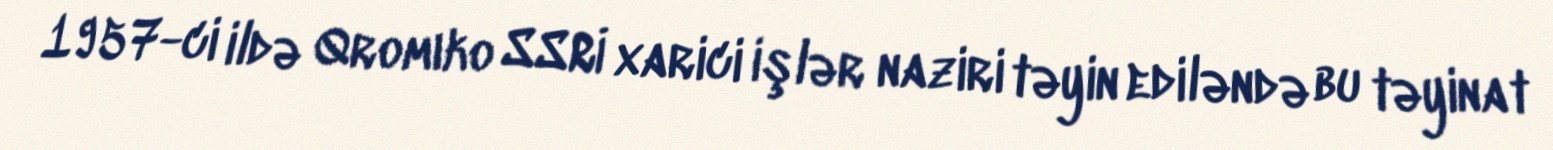
1957-ci ildə Qromıko SSRİ xarici işlər naziri təyin ediləndə bu təyinat